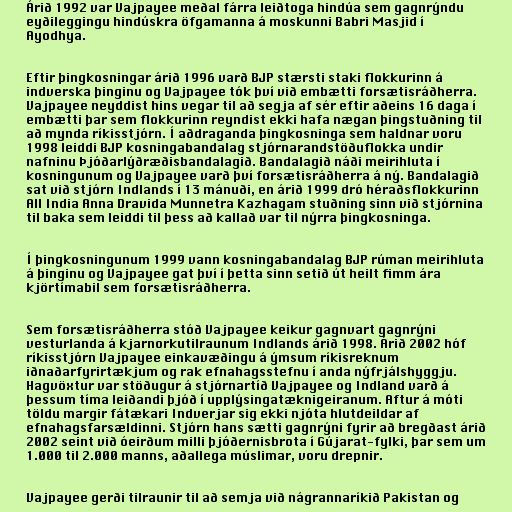
Árið 1992 var Vajpayee meðal fárra leiðtoga hindúa sem gagnrýndu
eyðileggingu hindúskra öfgamanna á moskunni Babri Masjid í
Ayodhya.

Eftir þingkosningar árið 1996 varð BJP stærsti staki flokkurinn á
indverska þinginu og Vajpayee tók því við embætti forsætisráðherra.
Vajpayee neyddist hins vegar til að segja af sér eftir aðeins 16 daga í
embætti þar sem flokkurinn reyndist ekki hafa nægan þingstuðning til
að mynda ríkisstjórn. Í aðdraganda þingkosninga sem haldnar voru
1998 leiddi BJP kosningabandalag stjórnarandstöðuflokka undir
nafninu Þjóðarlýðræðisbandalagið. Bandalagið náði meirihluta í
kosningunum og Vajpayee varð því forsætisráðherra á ný. Bandalagið
sat við stjórn Indlands í 13 mánuði, en árið 1999 dró héraðsflokkurinn
All India Anna Dravida Munnetra Kazhagam stuðning sinn við stjórnina
til baka sem leiddi til þess að kallað var til nýrra þingkosninga.

Í þingkosningunum 1999 vann kosningabandalag BJP rúman meirihluta
á þinginu og Vajpayee gat því í þetta sinn setið út heilt fimm ára
kjörtímabil sem forsætisráðherra.

Sem forsætisráðherra stóð Vajpayee keikur gagnvart gagnrýni
vesturlanda á kjarnorkutilraunum Indlands árið 1998. Árið 2002 hóf
ríkisstjórn Vajpayee einkavæðingu á ýmsum ríkisreknum
iðnaðarfyrirtækjum og rak efnahagsstefnu í anda nýfrjálshyggju.
Hagvöxtur var stöðugur á stjórnartíð Vajpayee og Indland varð á
þessum tíma leiðandi þjóð í upplýsingatæknigeiranum. Aftur á móti
töldu margir fátækari Indverjar sig ekki njóta hlutdeildar af
efnahagsfarsældinni. Stjórn hans sætti gagnrýni fyrir að bregðast árið
2002 seint við óeirðum milli þjóðernisbrota í Gújarat-fylki, þar sem um
1.000 til 2.000 manns, aðallega múslimar, voru drepnir.

Vajpayee gerði tilraunir til að semja við nágrannaríkið Pakistan og